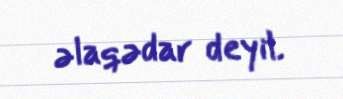
əlaqədar deyil.